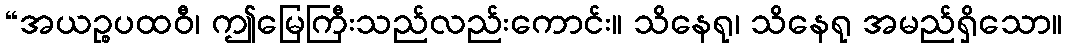
“အယဉ္စပထဝီ၊ ဤမြေကြီးသည်လည်းကောင်း။ သိနေရု၊ သိနေရု အမည်ရှိသော။